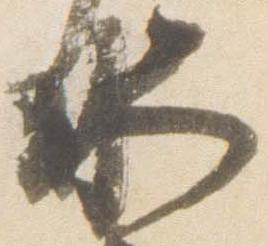
水